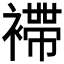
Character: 𧝫